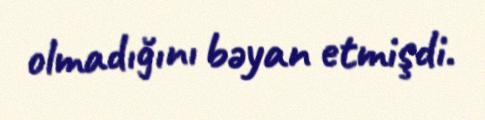
olmadığını bəyan etmişdi.